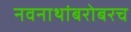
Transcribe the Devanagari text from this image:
नवनाथांबरोबरच